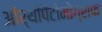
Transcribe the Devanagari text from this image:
ऑर्थोपैंटोमोग्राफ